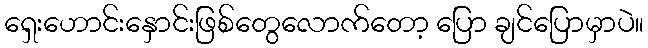
ရှေးဟောင်းနှောင်းဖြစ်တွေလောက်တော့ ပြော ချင်ပြောမှာပဲ။